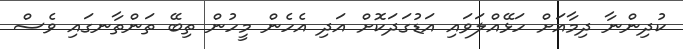
ކުދިންނާ ދިމާއަށް ހަޅޭއްލަވައި އަޑުގަދަކޮށް އަދި އެހެން މީހުން ތިބޭ ތަންތާނގައި ވެސް